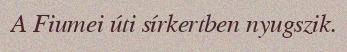
A Fiumei úti sírkertben nyugszik.